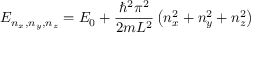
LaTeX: E _ { n _ { x } , n _ { y } , n _ { z } } = E _ { 0 } + { \frac { \hbar ^ { 2 } \pi ^ { 2 } } { 2 m L ^ { 2 } } } \left( n _ { x } ^ { 2 } + n _ { y } ^ { 2 } + n _ { z } ^ { 2 } \right)